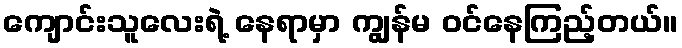
ကျောင်းသူလေးရဲ့ နေရာမှာ ကျွန်မ ဝင်နေကြည့်တယ်။